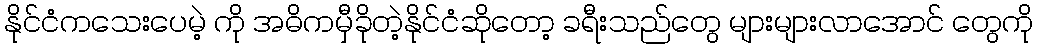
နိုင်ငံကသေးပေမဲ့ ကို အဓိကမှီခိုတဲ့နိုင်ငံဆိုတော့ ခရီးသည်တွေ များများလာအောင် တွေကို